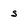
Character: s